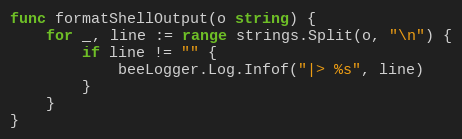
Language: Go
func formatShellOutput(o string) {
	for _, line := range strings.Split(o, "\n") {
		if line != "" {
			beeLogger.Log.Infof("|> %s", line)
		}
	}
}